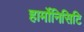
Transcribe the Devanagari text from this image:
हार्मोनिसिटि